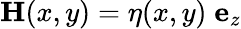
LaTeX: {\mathbf H}(x,y)=\eta(x,y)\; {\mathbf e}_{z}